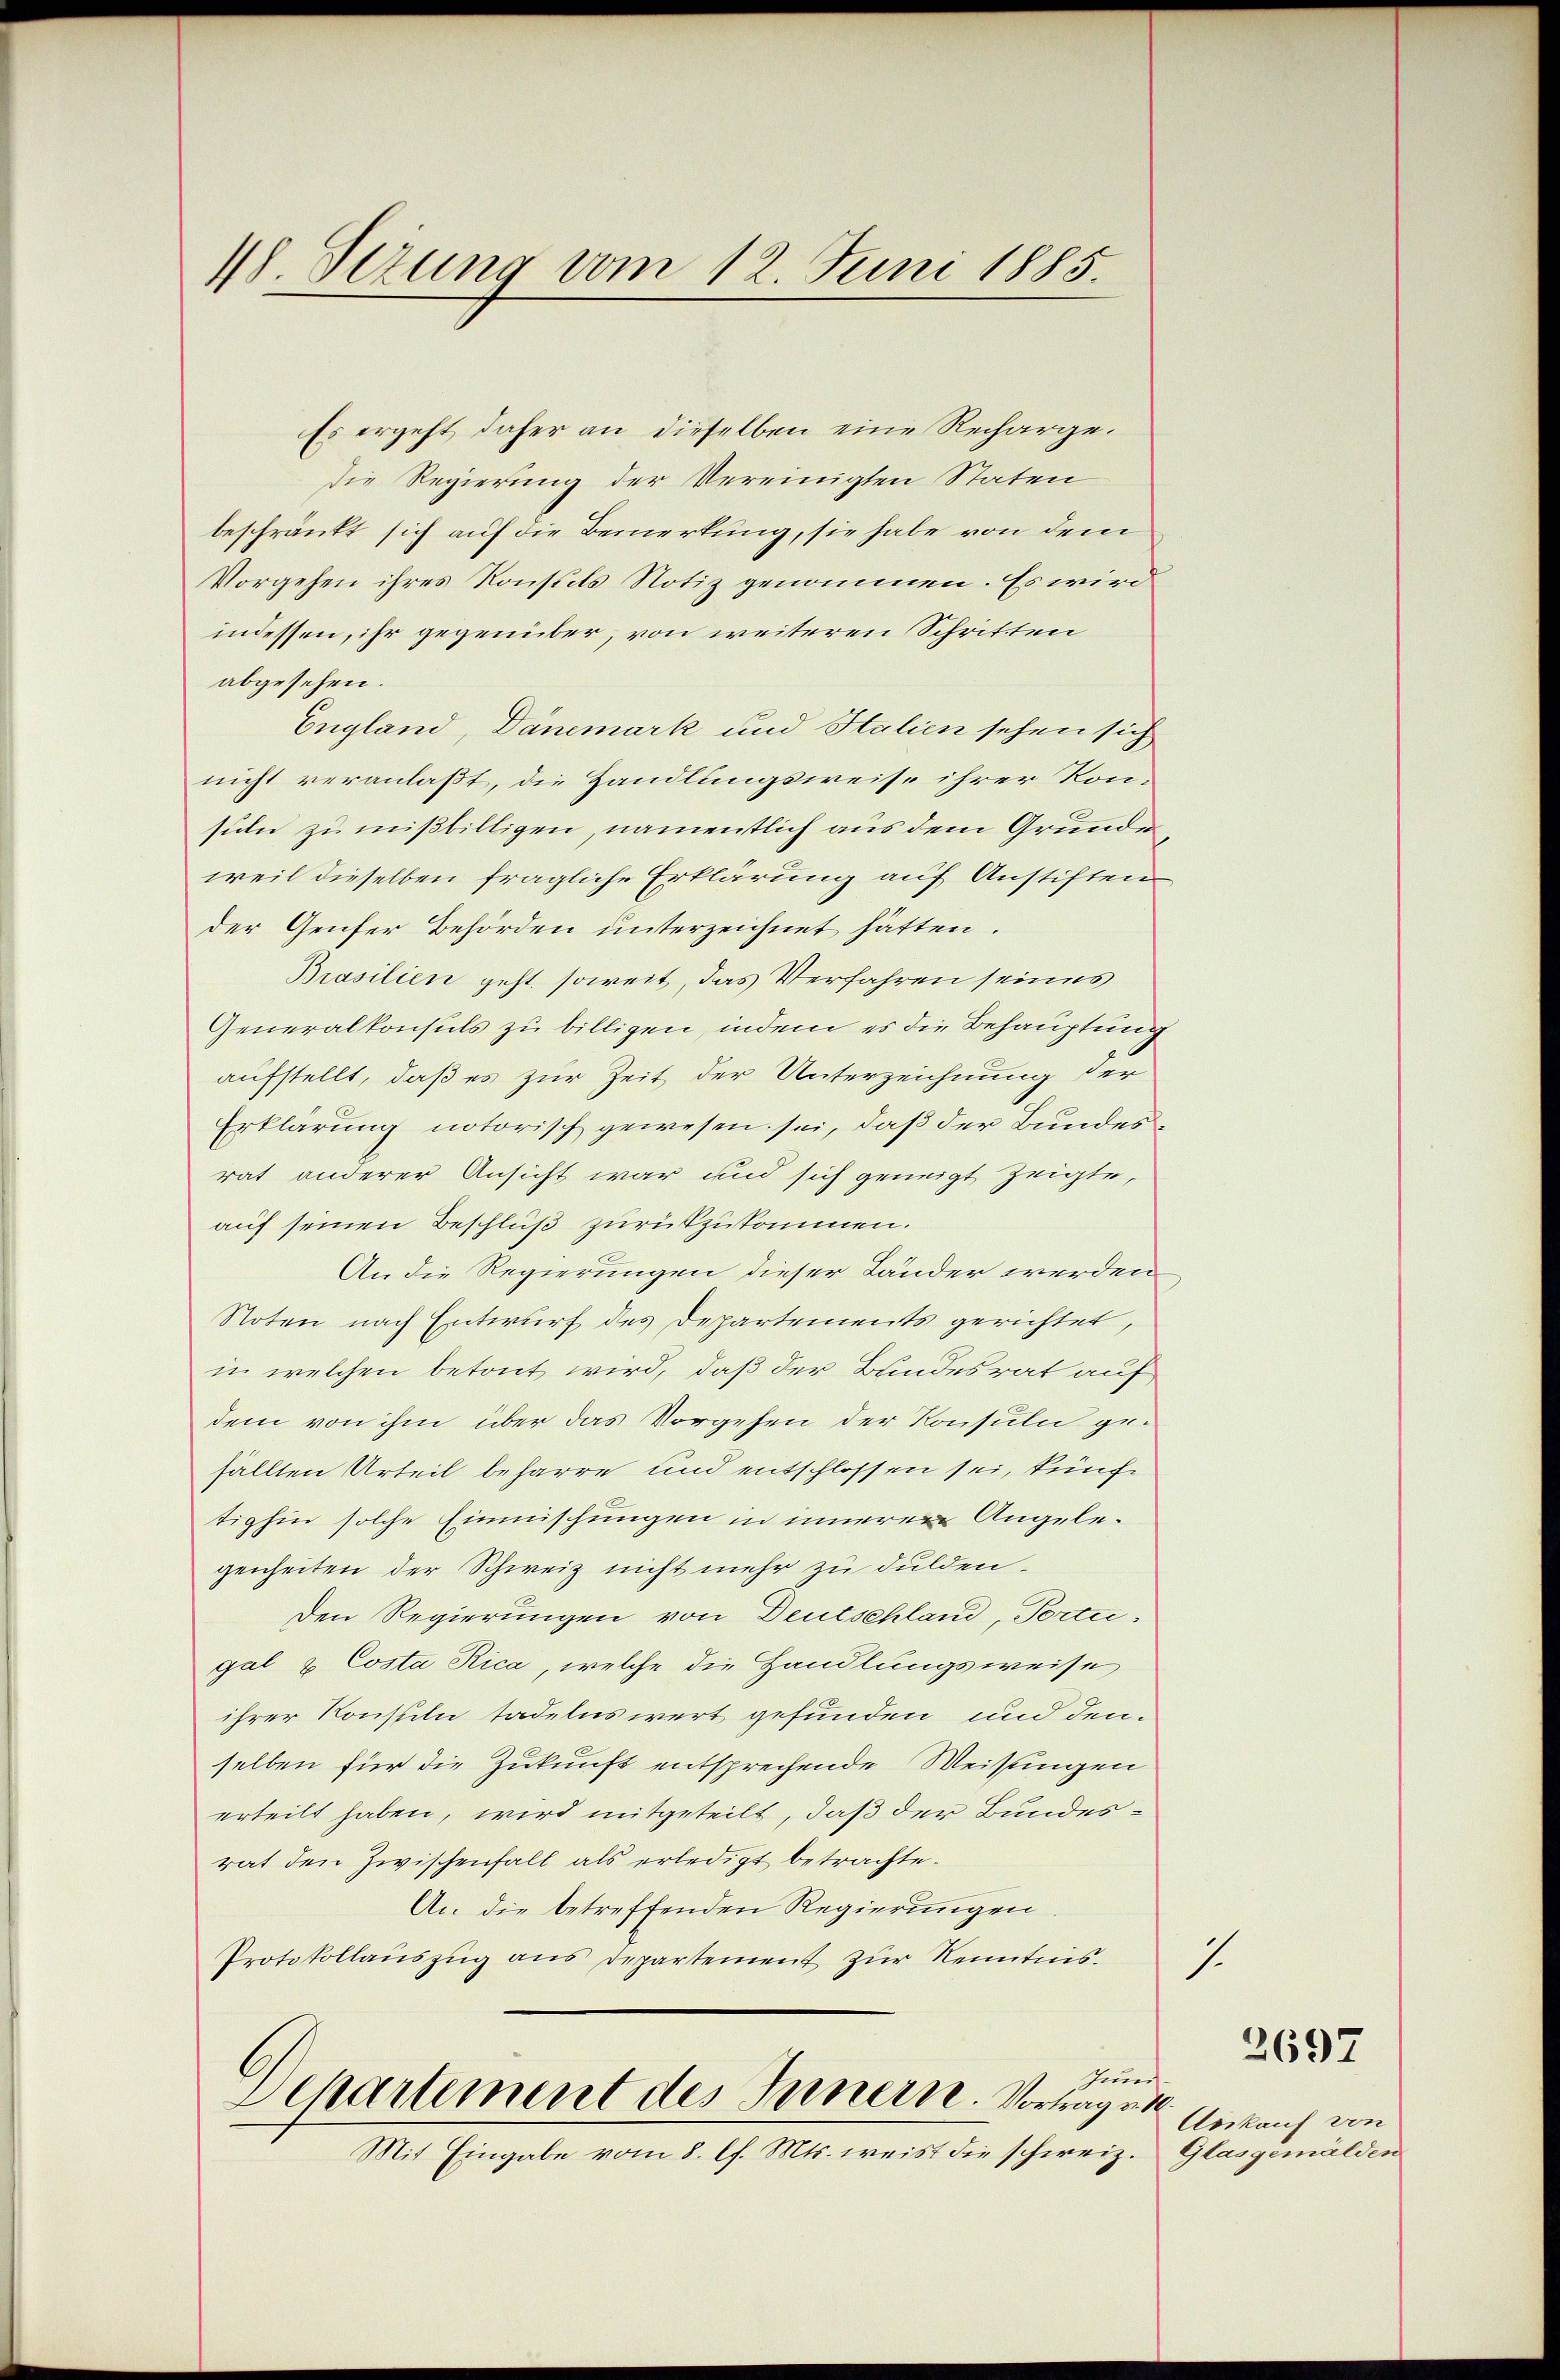
18 Sezung vom 12. Juni 1885

Es ergeht, daher an dieselben eine Rechargedie Regierung der Vereinigten Staten
beschränkt sich auf die Bemerkung, sie habe von dem
Vorgehen ihres Konsuls Notiz genommen. Es wird
indessen, ihr gegenüber, von weiteren Schritten
abgesehen.
England, Dänemark und Stalien sehen sich
nicht veranlaßt, die Handlungsweise ihrer Konsihn zu mißbilligen, namentlich aus dem Grunde
weil dieselben fragliche Erklärung auf Anstiften
der Genfer Behörden unterzeichnet hätten.
Brasilien geht soweit, das Verfahren seines
Generalkonsuls zu billigen, indem es die Behauptung
aufstellt, daß es zur Zeit der Unterzeichnung der
Erklärung notorisch gewesen sei, daß der Bundesrat anderer Ansicht war und sich geneigt zeigte,
auf seinen Beschluß zurückzukommen.
An die Regierungen dieser Länder werden
Noten nach Entwurf des Departements gerichtet,
in welchen betont wird, daß der Bundesrat auf
dem von ihm über das Vorgehen der Konsuln gefällten Urteil beharre und entschlossen sei, künftighin solche Einmischungen in innerer Angelegenheiten der Schweiz nicht mehr zu dulden.
Den Regierungen von Deutschland, Torte:
gal & Costa Rica, welche die Handlungsweise
ihrer Konsuln tadelnswert gefunden und denselben für die Zukunft entsprechende Weisungen
erteilt haben, wird mitgeteilt, daß der Bundesrat den Zwischenfall als erledigt betrachte.
An die betreffenden Regierungen
Protokollauszug aus Departement zur Kenntnis.
Juni.
Separtement des Innern. Vortragen
Mit Eingabe vom 8. l. Mts. weist die schweiz.

7.

Ankauf von
Glasgemälden

2697